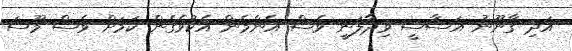
އަދި ގާނޫނު އަސާސީ ވިދާލަނީ ވެސް އެންމެން އެކުވެގެން ކަމަށް ވެސް މޫސަ